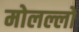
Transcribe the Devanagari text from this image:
मोलल्लों